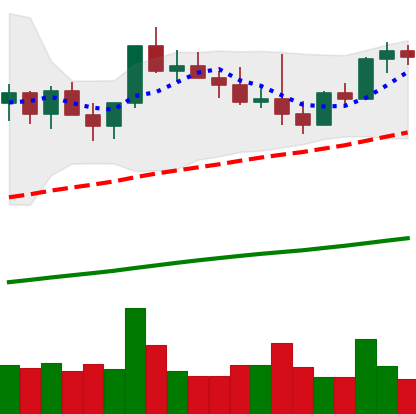
Ticker: NEO-USD
Chart end date: 2021-03-30
Forward return: 21.58%
Label: up_7plus